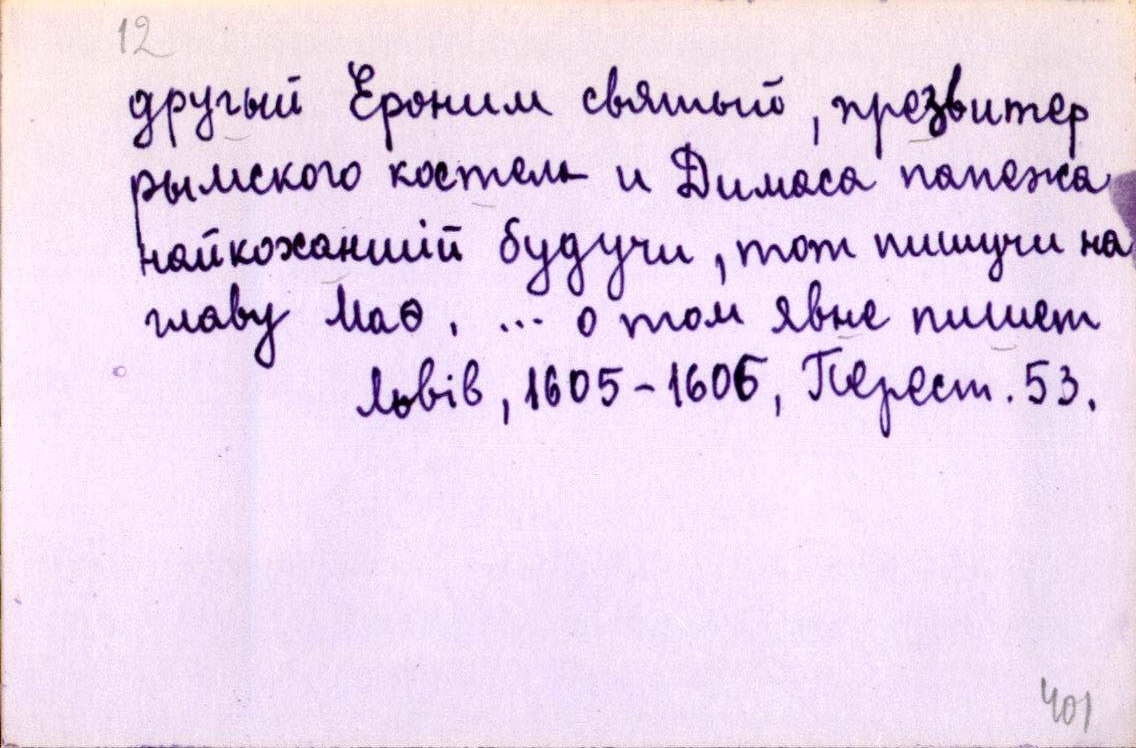
другый Ероним святый, презвитер
рымского костела и Димаса папежа
найкоханшій будучи, тот пишучи на
главу Маѳ. … о том явне пишет
Львів, 1605-1606, Перест. 53.